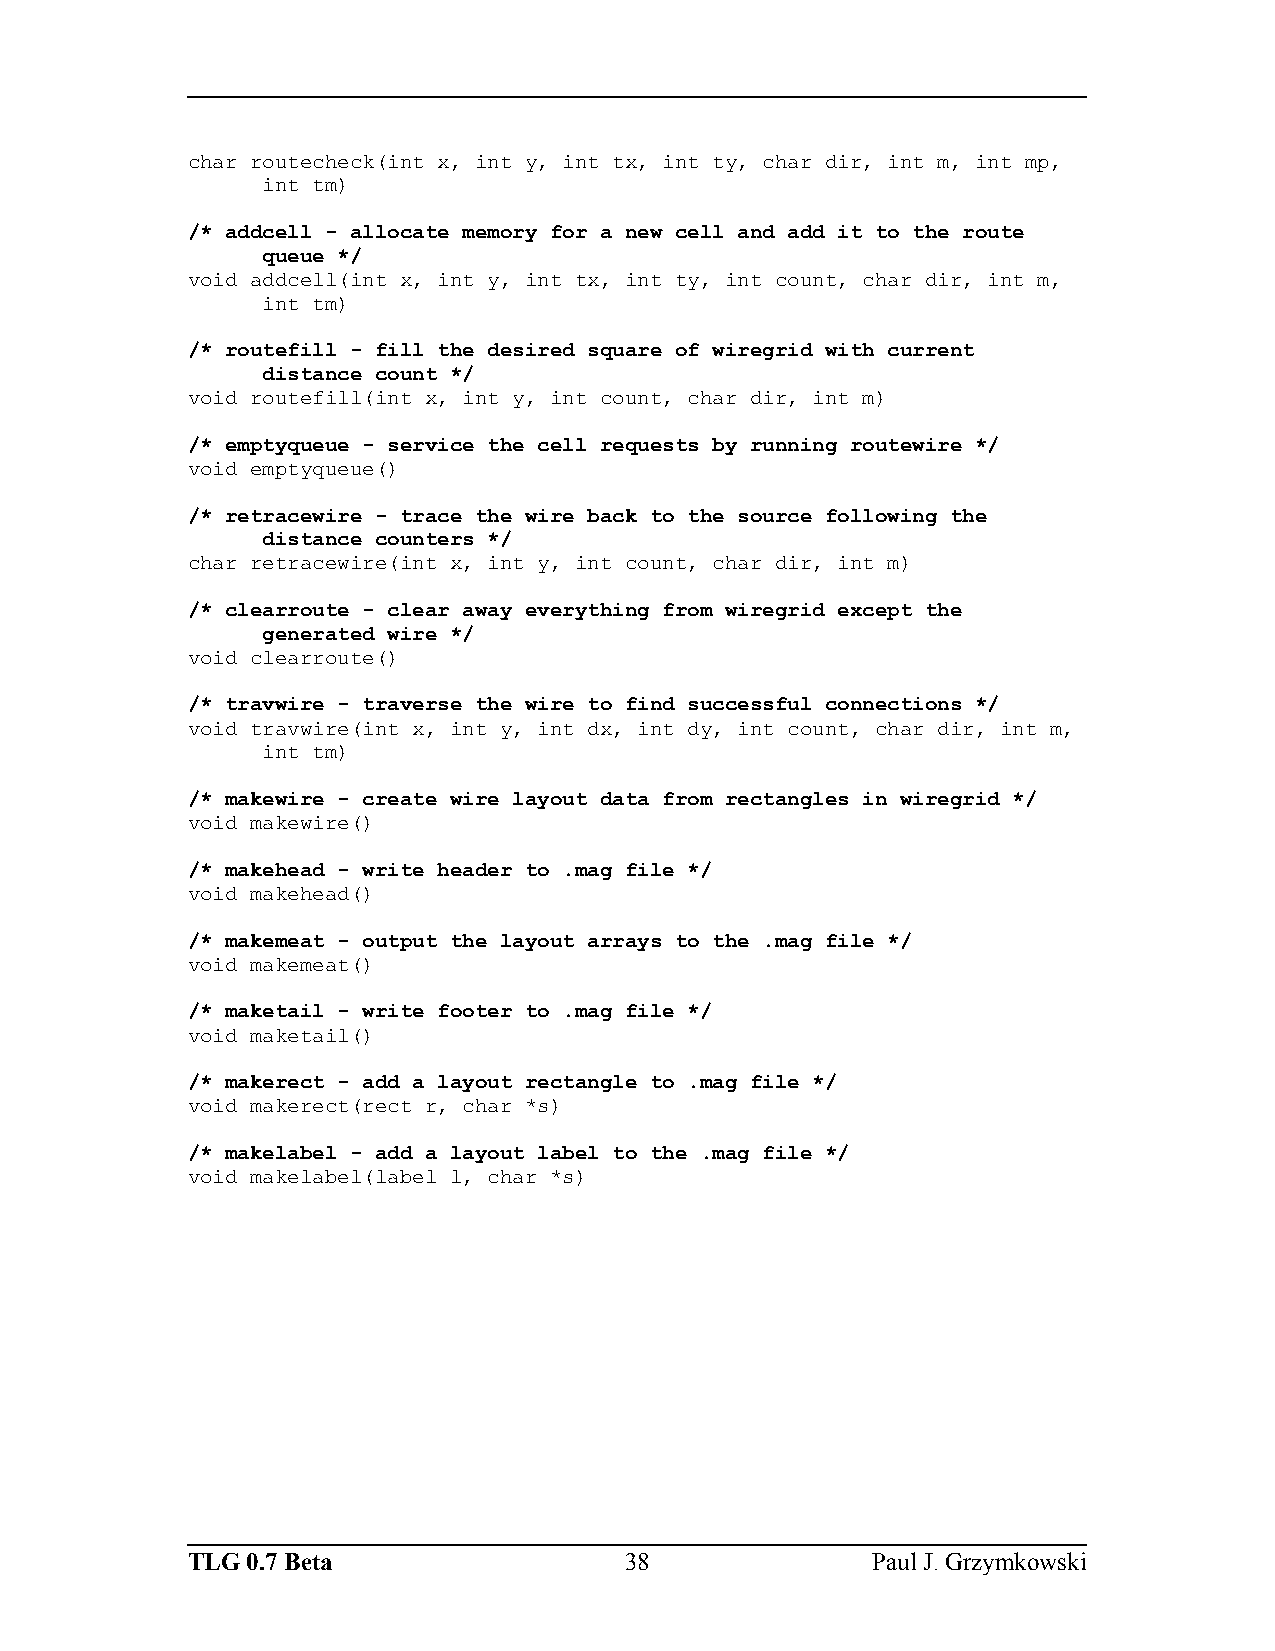
char routecheck(int x, int y, int tx, int ty, char dir, int m, int mp,
 int tm)
 /* addcell - allocate memory for a new cell and add it to the route
 queue */
 void addcell(int x, int y, int tx, int ty, int count, char dir, int m,
 int tm)
 /* routefill - fill the desired square of wiregrid with current
 distance count */
 void routefill(int x, int y, int count, char dir, int m)
 /* emptyqueue - service the cell requests by running routewire */
 void emptyqueue()
 /* retracewire - trace the wire back to the source following the
 distance counters */
 char retracewire(int x, int y, int count, char dir, int m)
 /* clearroute - clear away everything from wiregrid except the
 generated wire */
 void clearroute()
 /* travwire - traverse the wire to find successful connections */
 void travwire(int x, int y, int dx, int dy, int count, char dir, int m,
 int tm)
 /* makewire - create wire layout data from rectangles in wiregrid */
 void makewire()
 /* makehead - write header to .mag file */
 void makehead()
 /* makemeat - output the layout arrays to the .mag file */
 void makemeat()
 /* maketail - write footer to .mag file */
 void maketail()
 /* makerect - add a layout rectangle to .mag file */
 void makerect(rect r, char *s)
 /* makelabel - add a layout label to the .mag file */
 void makelabel(label l, char *s)
 TLG 0.7 Beta                 38               Paul J. Grzymkowski